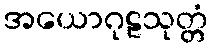
အယောဂုဠသုတ္တံ